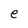
Character: e